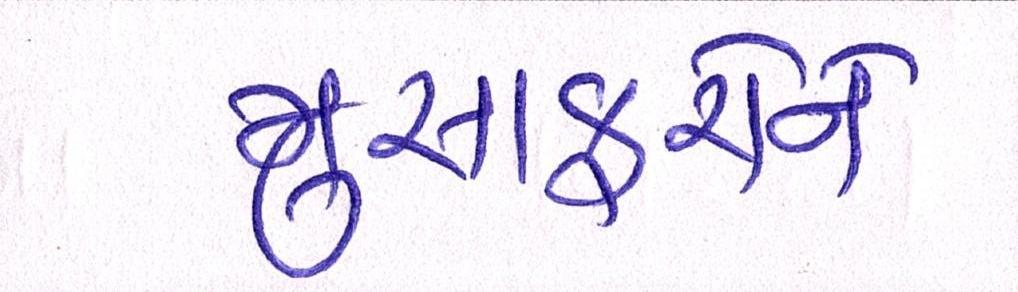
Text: મુસાફરોને